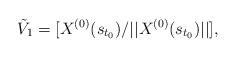
LaTeX: \begin{align*}\tilde{V}_{1} = [X^{(0)}(s_{t_{0}})/ ||X^{(0)}(s_{t_{0}})||],\end{align*}